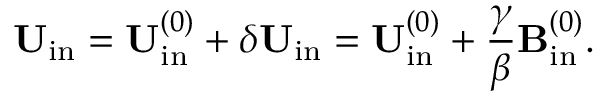
{ \bf { U } } _ { \mathrm { { i n } } } = { \bf { U } } _ { \mathrm { { i n } } } ^ { ( 0 ) } + \delta { \bf { U } } _ { \mathrm { { i n } } } = { \bf { U } } _ { \mathrm { { i n } } } ^ { ( 0 ) } + \frac { \gamma } { \beta } { \bf { B } } _ { \mathrm { { i n } } } ^ { ( 0 ) } .